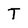
Character: T